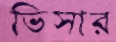
ভিসার